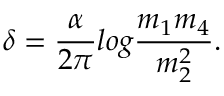
\delta = { \frac { \alpha } { 2 \pi } } l o g { \frac { m _ { 1 } m _ { 4 } } { m _ { 2 } ^ { 2 } } } .